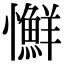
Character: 𢥌